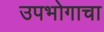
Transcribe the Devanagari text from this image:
उपभोगाचा